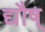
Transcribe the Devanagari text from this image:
द्यौष्